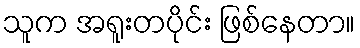
သူက အရူးတပိုင်း ဖြစ်နေတာ။